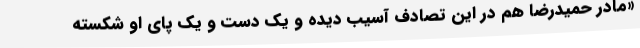
«مادر حمیدرضا هم در این تصادف آسیب دیده و یک دست و یک پای او شکسته